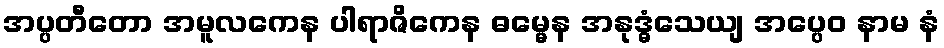
အပ္ပတီတော အမူလကေန ပါရာဇိကေန ဓမ္မေန အနုဒ္ဓံသေယျ အပ္ပေဝ နာမ နံ